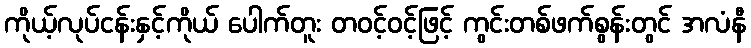
ကိုယ့်လုပ်ငန်းနှင့်ကိုယ် ပေါက်တူး တဝင့်ဝင့်ဖြင့် ကွင်းတစ်ဖက်စွန်းတွင် အလံနီ